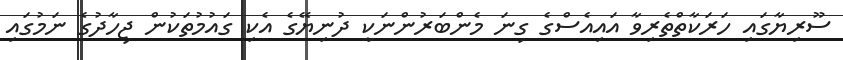
ސޫރިޔާގައި ހަރަކާތްތެރިވާ އައިއެސްގެ ގިނަ މެންބަރުންނަކީ ދުނިޔޭގެ އެކި ގައުމުތަކުން ޖިހާދުގެ ނަމުގައި